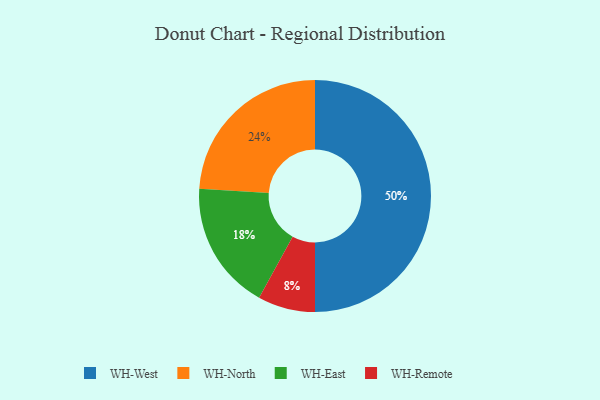
{"axis": {"x": "Category", "y": "Percentage"}, "legend": ["WH-East", "WH-North", "WH-Remote", "WH-West"], "data": [{"x": "WH-Remote", "y": 8, "type": "WH-Remote"}, {"x": "WH-West", "y": 50, "type": "WH-West"}, {"x": "WH-North", "y": 24, "type": "WH-North"}, {"x": "WH-East", "y": 18, "type": "WH-East"}]}